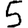
Digit: 5